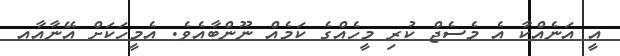
އީ އަނެއްކާ އެ މެސެޖް ކުރި މީހެއްގެ ކަމެއް ނޫންބާއެވެ. އެމީހަކަށް އޭނާއާއ